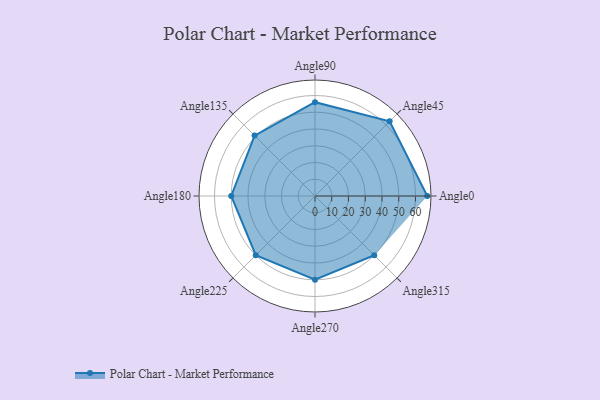
{"axis": {"x": "Angle", "y": "Radius"}, "legend": [""], "data": [{"x": "Angle0", "y": 67.0, "type": ""}, {"x": "Angle45", "y": 63.0, "type": ""}, {"x": "Angle90", "y": 56.0, "type": ""}, {"x": "Angle135", "y": 51.0, "type": ""}, {"x": "Angle180", "y": 50, "type": ""}, {"x": "Angle225", "y": 50, "type": ""}, {"x": "Angle270", "y": 50, "type": ""}, {"x": "Angle315", "y": 50, "type": ""}]}